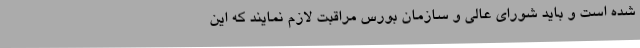
شده است و باید شورای عالی و سازمان بورس مراقبت لازم نمایند که این